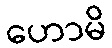
ဟောမိ